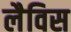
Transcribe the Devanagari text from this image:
लैविस